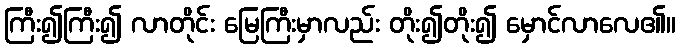
ကြီး၍ကြီး၍ လာတိုင်း မြေကြီးမှာလည်း တိုး၍တိုး၍ မှောင်လာလေ၏။